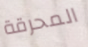
المحرقة